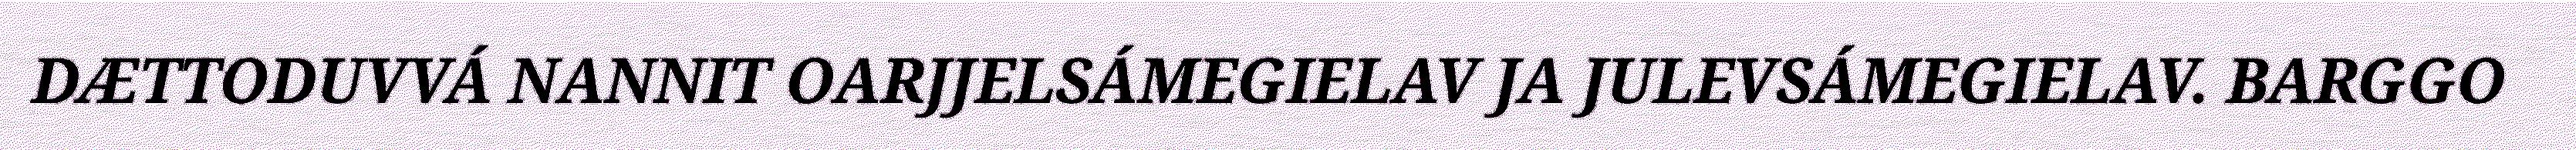
DÆTTODUVVÁ NANNIT OARJJELSÁMEGIELAV JA JULEVSÁMEGIELAV. BARGGO